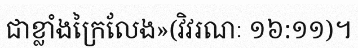
ជាខ្លាំងក្រៃលែង»(វិវរណៈ ១៦:១១)។